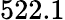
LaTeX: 522.1